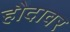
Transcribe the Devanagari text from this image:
हौदावर